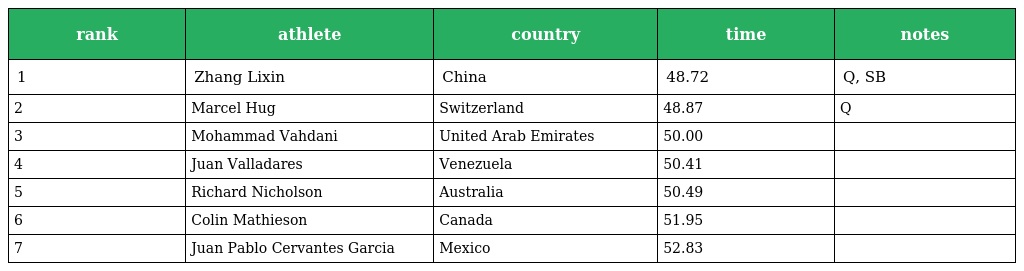
| rank | athlete | country | time | notes |
 | --- | --- | --- | --- | --- |
 | 1 | Zhang Lixin | China | 48.72 | Q, SB |
 | 2 | Marcel Hug | Switzerland | 48.87 | Q |
 | 3 | Mohammad Vahdani | United Arab Emirates | 50.00 |  |
 | 4 | Juan Valladares | Venezuela | 50.41 |  |
 | 5 | Richard Nicholson | Australia | 50.49 |  |
 | 6 | Colin Mathieson | Canada | 51.95 |  |
 | 7 | Juan Pablo Cervantes Garcia | Mexico | 52.83 |  |